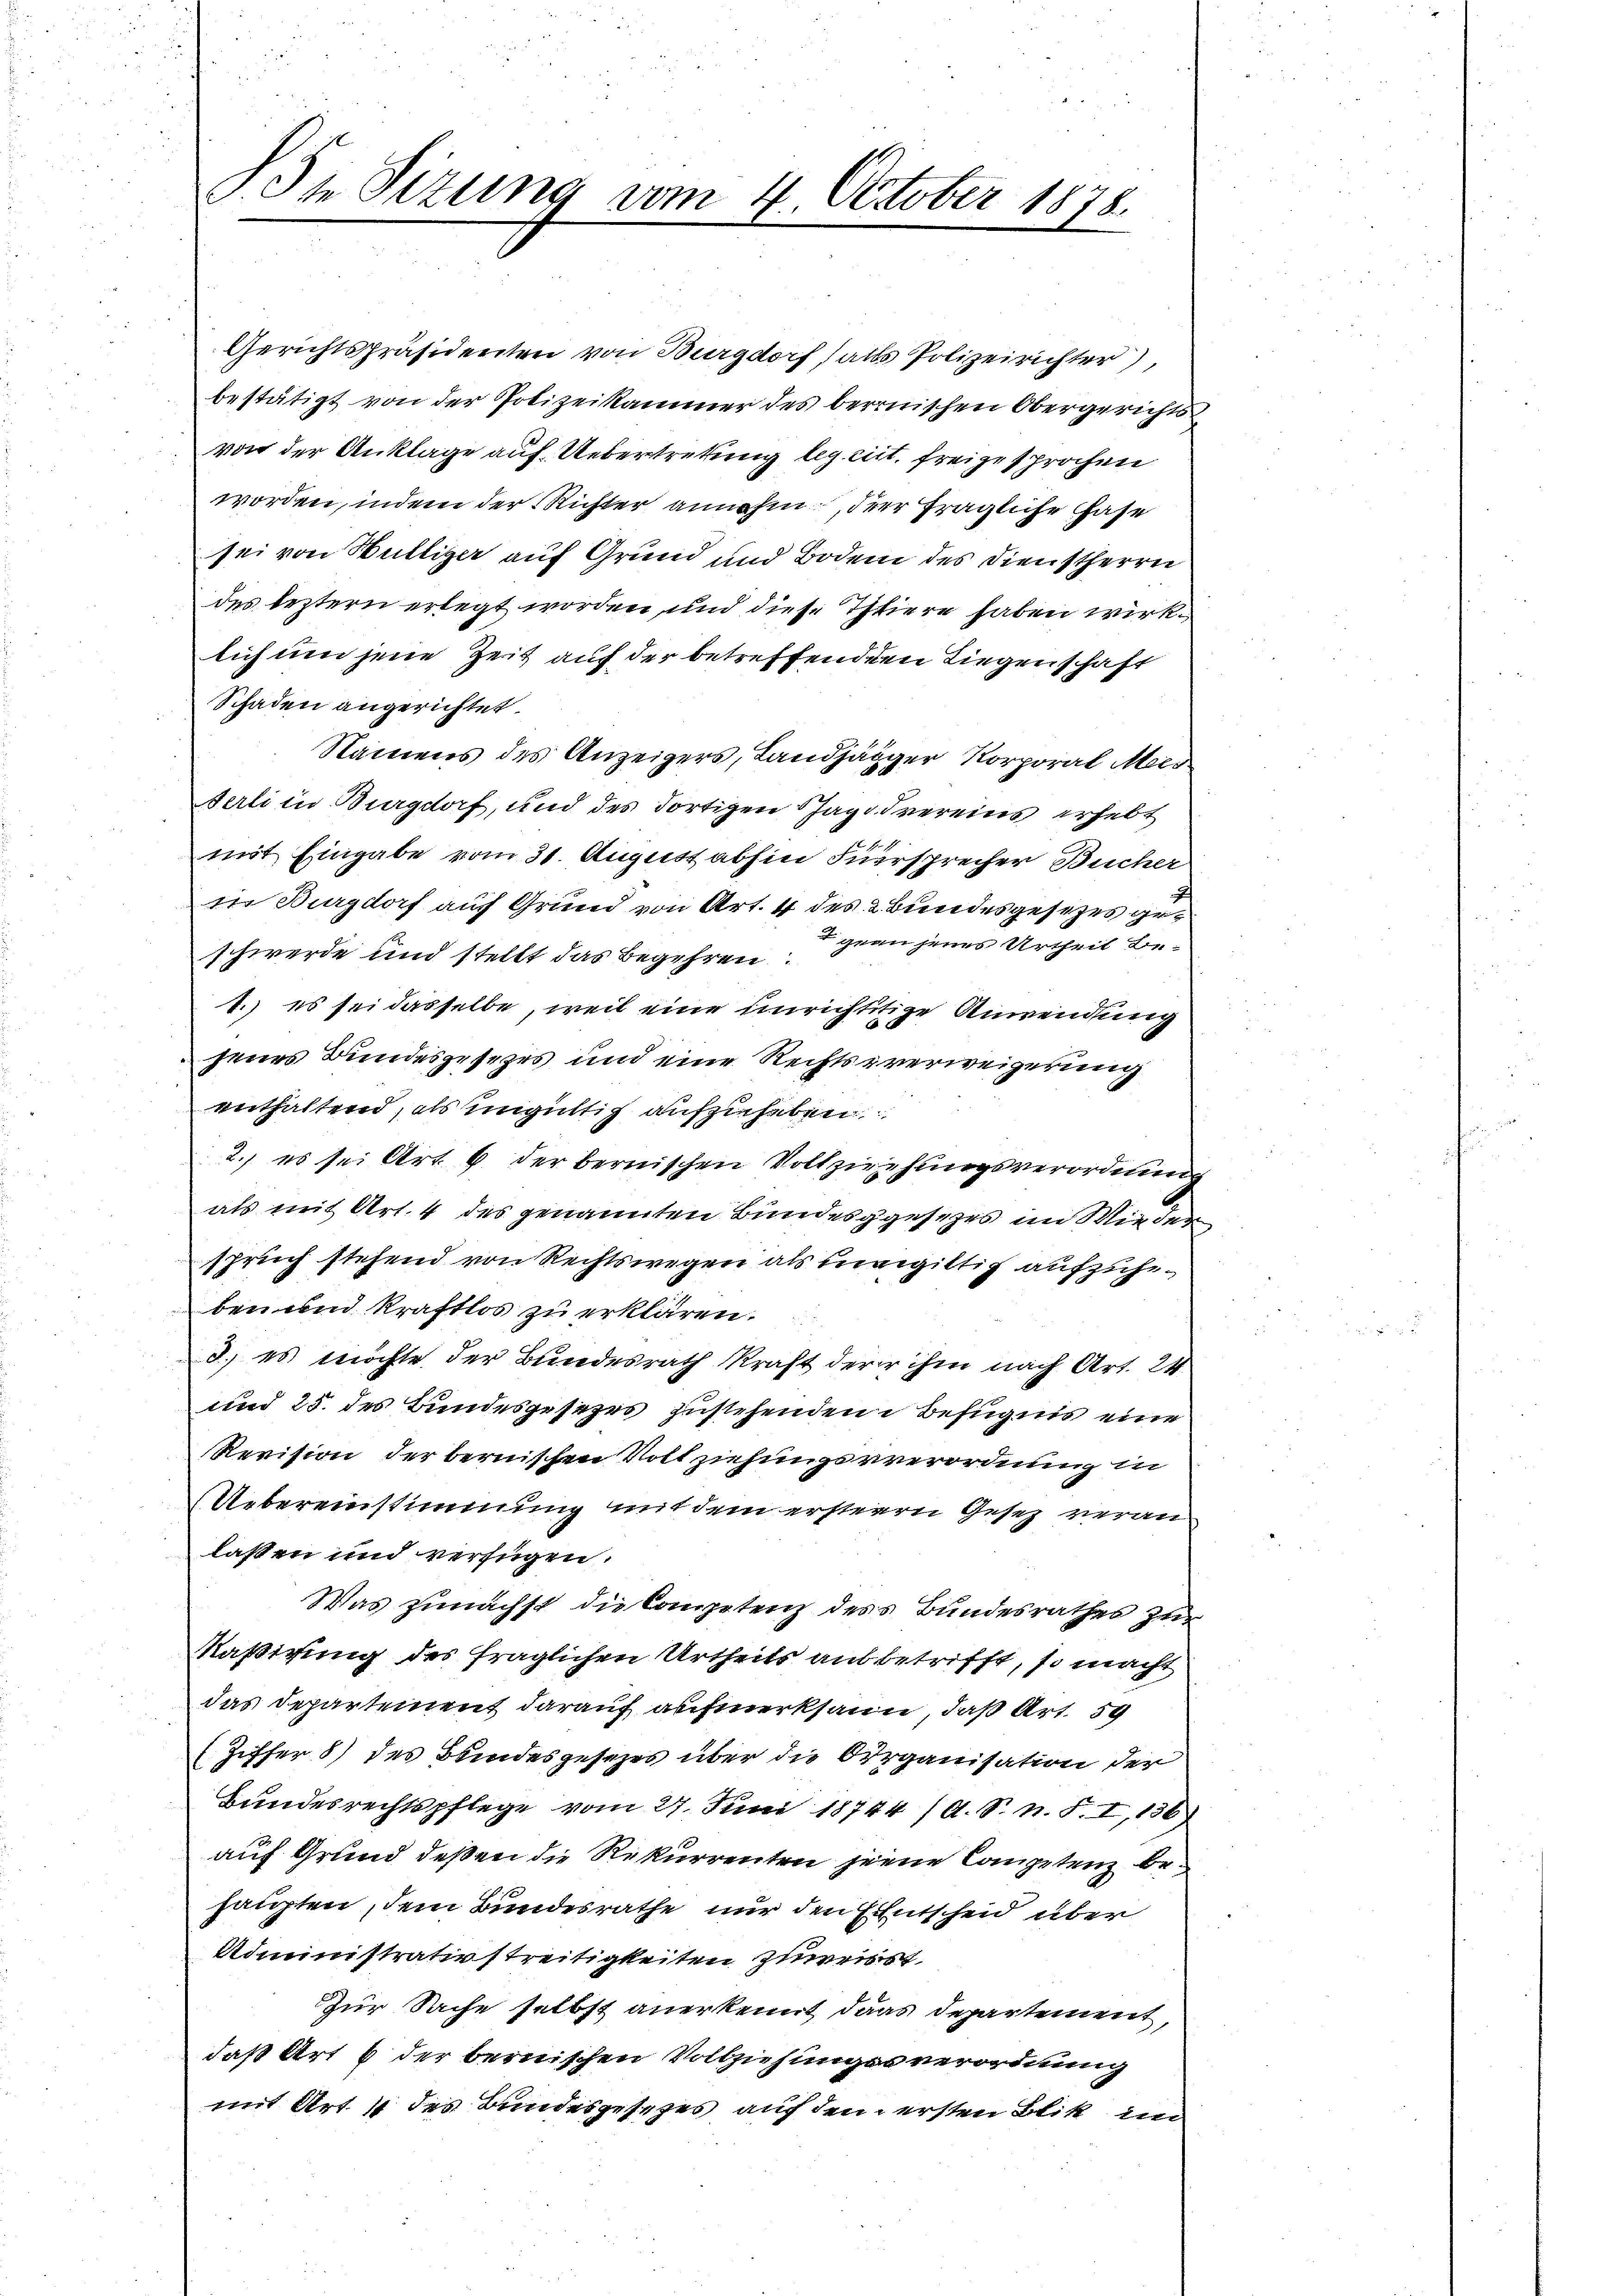
St Sizung vom 4. October 1878.

Gerichtspräsidenten von Burgdorf, alls Polizeirichter),
bestätigt von der Polizeikammer des bernischen Obergerichts
von der Anklage auf. Uebertretung leg nit freigesprochen
worden, indem der Richter annahm, der fragliche Hase
sei von Büttiger auf Grund und Boden des Dienstherrn
des leztern erlegt worden, und diese Thiere haben wirklich um jene Zeit auf der betreffenden Liegenschaft
Schaden angerichtet.
Namens des Anzeigers, Landjäger Korporal Meis
Serli in Burgdorf, und des dortigen Shagodvereins erhebt
mit Eingabe vom 31. August abhin Fürsprecher Bucher
in Burgdorf auf Grund von Art. 4 des Bundesgesezes ge¬
 grau jenes Urtheil beschwerde und stellt das Begehren
1.) es sei dasselbe, weil eine einrichtitige Anwendung
jenes Bundesgesezes und eine Rechtsverweigerung
enthaltend, als ungültig aufzuheben
2.) es sei Art. 6. der bernischen Vollziehungsverordnung
als mit Art. 4 des genannten Bundesgesezes im Wieder
spruch stehend von Rechtswegen als invigiltig aufzuheben und Kraftlos zu erklären.
d. es möchte der Bundesrath kraft der ihm nach Art. 24
und 25. des Bundesgesezes zustehenden Befugnis eine
Revision der bernischen Vollziehungsverordnung in
Uebereinstimmung mit dem ersteren Gesetz veranlassen und verfügen.
Was zunächst die Competenz des Bundesrathes zur
Kaßirung des fraglichen Urtheils aus betrifft, so macht
das Departement darauf aufmerksam, daß Art. 59
(Ziffer 5) des Bundesgesezes über die Organisation der
Bundesrechtspflege vom 27. Juni 18744 (A. S. n. F. I, 136)
auf Grund deßen die Rekurrenten jene Competenz behaupten, dem Bundesrathe nur den Entscheid über
Administrativstreitigkeiten zuweisst
Zur Sache selbst anerkennt das Departement,
daß Art. 6 der bernischen Vollziehungsverordnung
mit Art. 1 des Bundesgesezes auf dem ersten Blik im